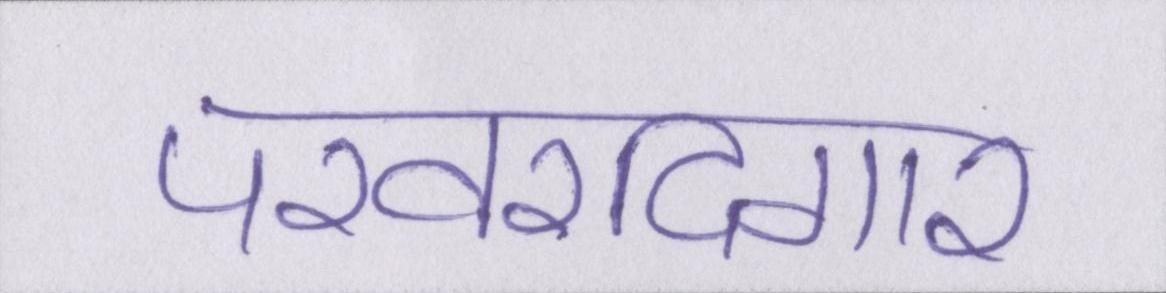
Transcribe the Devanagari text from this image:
परवरदिगार